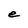
Character: e